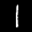
Label: 1